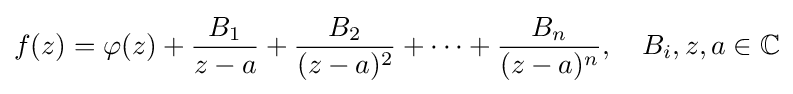
f(z)=\varphi (z)+{\frac {B_{1}}{z-a}}+{\frac {B_{2}}{(z-a)^{2}}}+\cdots +{\frac {B_{n}}{(z-a)^{n}}},\quad B_{i},z,a\in \mathbb {C}